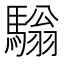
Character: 𩥛